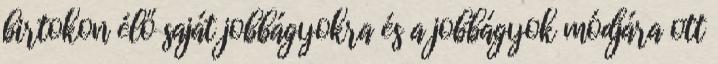
birtokon élő saját jobbágyokra és a jobbágyok módjára ott